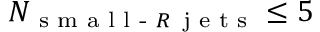
N _ { \textrm { s m a l l - } R \, \textrm { j e t s } } \leq 5